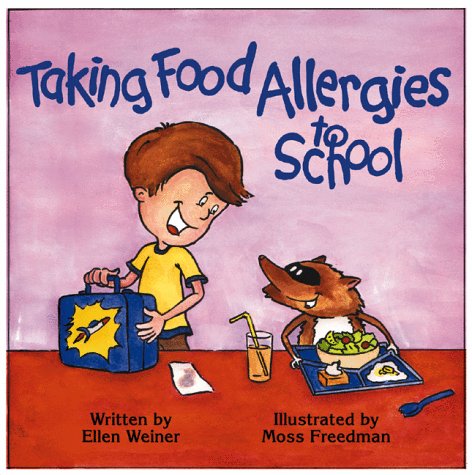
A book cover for Taking Food Allergies to School (Special Kids in School); Ellen Weiner; Health, Fitness & Dieting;